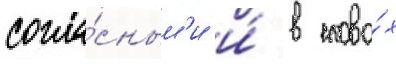
согла́сным'и и́ в слова́х